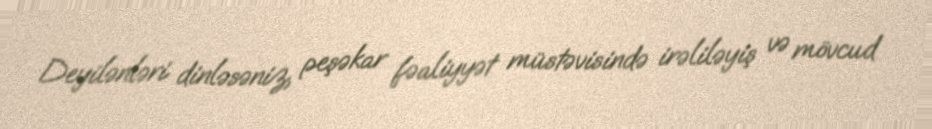
Deyilənləri dinləsəniz, peşəkar fəaliyyət müstəvisində irəliləyiş və mövcud